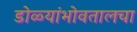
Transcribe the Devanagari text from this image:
डोळ्यांभोवतालचा